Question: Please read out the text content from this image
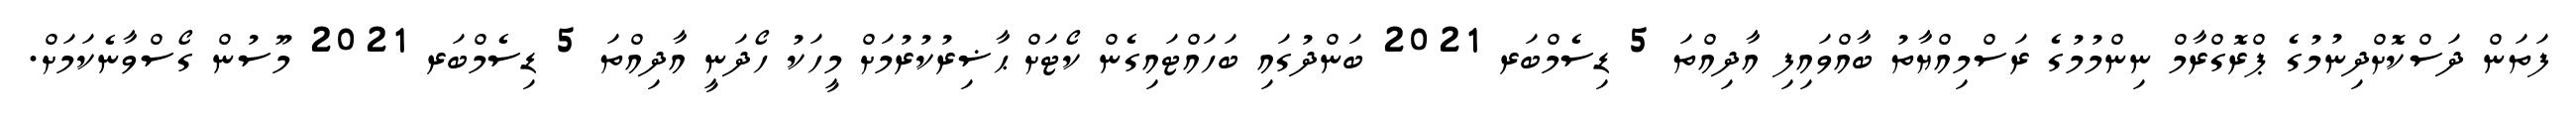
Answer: ފަތަން ދަސްކޮށްދިނުމުގެ ޕްރޮގްރާމް ނިންމުމުގެ ރަސްމިއްޔާތު ބާއްވައިފި އާދިއްތަ 5 ޑިސެމްބަރ 2021 ބަންދުގައި ބަހައްޓައިގެން ކޯޓަށް ޙާޟިރުކުރުމަށް މީހަކު ހޯދަނީ އާދިއްތަ 5 ޑިސެމްބަރ 2021 މޫސުން ގޯސްވާނެކަމަށް.